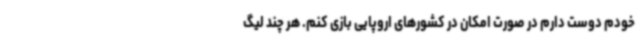
خودم دوست دارم در صورت امکان در کشورهای اروپایی بازی کنم. هر چند لیگ